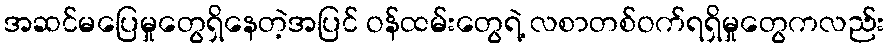
အဆင်မပြေမှုတွေရှိနေတဲ့အပြင် ဝန်ထမ်းတွေရဲ့ လစာတစ်ဝက်ရရှိမှုတွေကလည်း